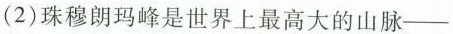
(2)珠穆朗玛峰是世界上最高大的山脉--